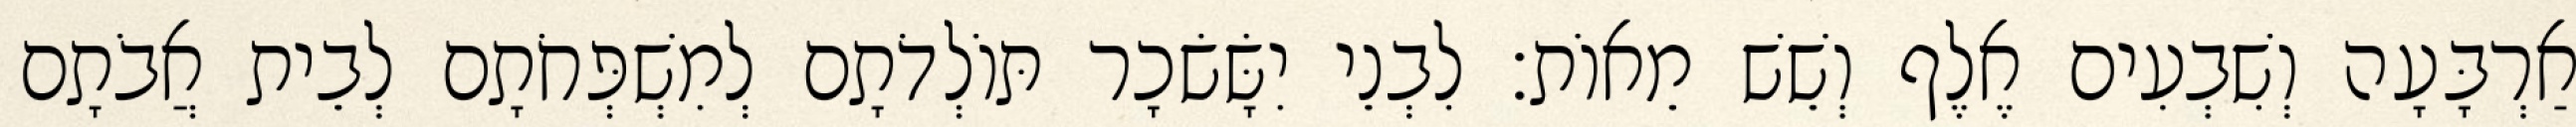
אַרְבָּעָה וְשִׁבְעִים אֶלֶף וְשֵׁשׁ מֵאוֹת׃ לִבְנֵי יִשָּׂשׂכָר תּוֹלְדֹתָם לְמִשְׁפְּחֹתָם לְבֵית אֲבֹתָם